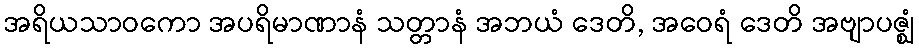
အရိယသာဝကော အပရိမာဏာနံ သတ္တာနံ အဘယံ ဒေတိ, အဝေရံ ဒေတိ အဗျာပဇ္ဈံ